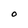
Character: O